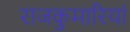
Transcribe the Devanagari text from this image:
राजकुमारियां